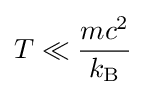
T\ll {\frac {mc^{2}}{k_{\text{B}}}}